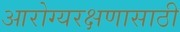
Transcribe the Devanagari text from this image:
आरोग्यरक्षणासाठी